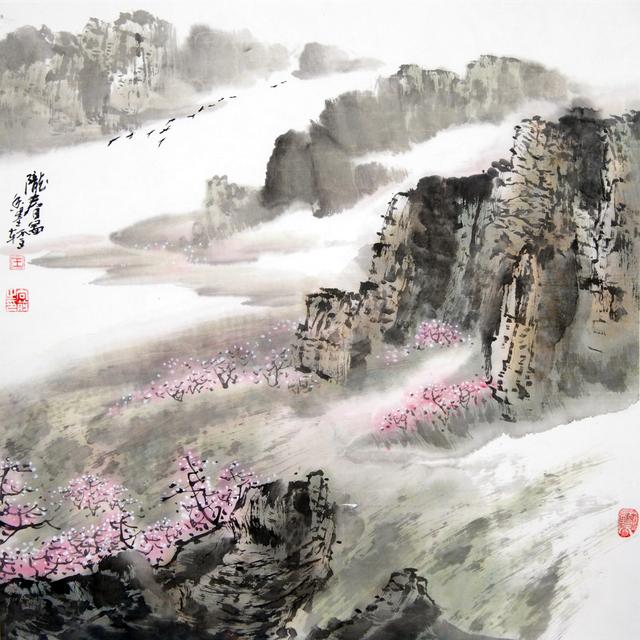
尺蠖之屈，以求信也龙蛇之蛰，以存身也。